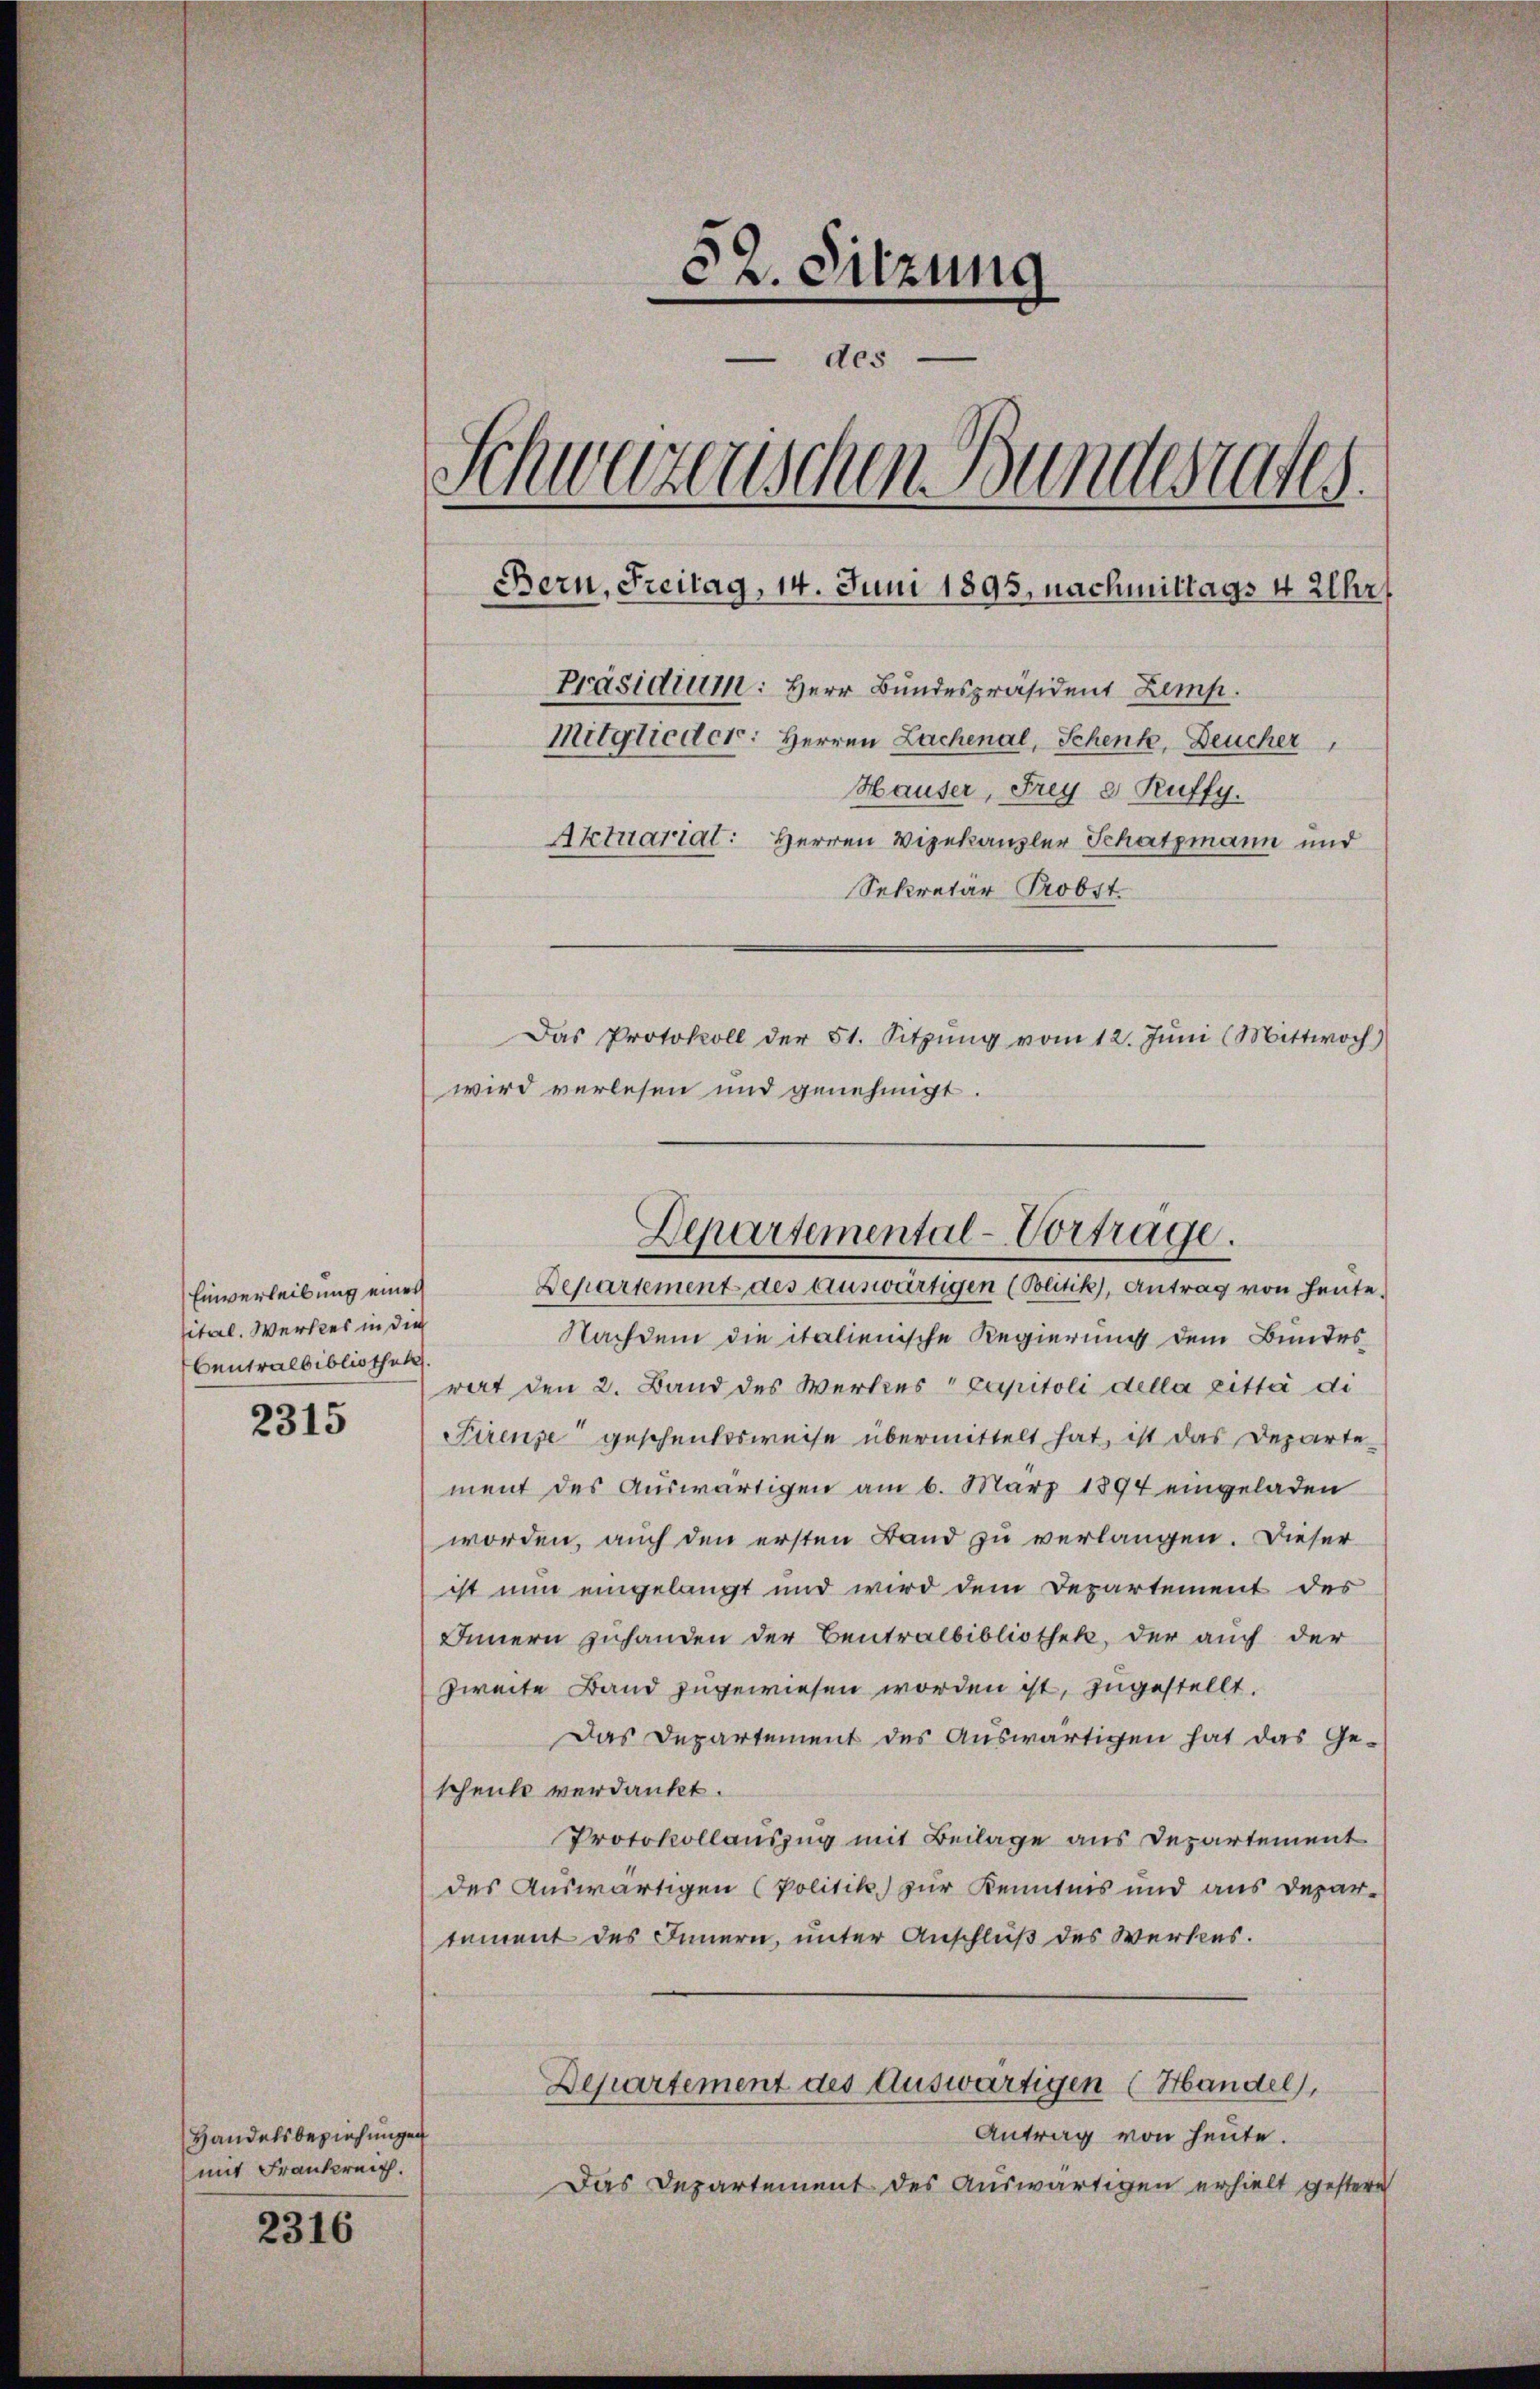
Einverleibung einer
sital. Werkes in die
bentralbibliothek

2315

Handelsbeziehungen
mit Frankreich.

2316

52. Sitzung
 des
Schweizerischen Bundesrates.
Bern, Freitag, 14. Juni 1895, nachmittags 4 Uhr
Präsidium: Herr Bundespräsident Zemp.
Mitglieder: Herren Lachenal, Schenk, Deucher,
Hauser, Frey e Ruffy.
Aktuariat: Herren Vizekanzler Schatzmann und
Sekretär Probst.
Das Protokoll der 51. Sitzŭng vom 12. Jŭni (Mittwoch)
wird verlesen und genehmigt.

Nachdem die italienische Regierung dem Bundes-
rat den 2. Band des Wertes " Capitoli della zitte di
Firenze geschenksweise übermittelt hat, ist das Departe
ment des Auswärtigen am 6. März 1894 eingeladen
worden, auch den ersten Band zu verlangen. Dieser
ist nun eingelangt und wird dem Departement des
Innern zuhanden der Bentralbibliothek, der auch der
zweite Band zugewiesen worden ist, zugestellt.
Das Departement des Auswärtigen hat das Ge-
schenke verdankt.
Protokollauszug mit Beilage aus Departement
des Auswärtigen (Politik zur Kenntnis und aus Depar-
tement des Innern, unter Anschluß des Werkes.
Departement des Auswärtigen (Handel,
Antrag von heute.
Das Departement des Auswärtigen erhielt gestern

Departemental-Vorträge.
Departement des auswärtigen (Politik, Antrag von heute.